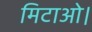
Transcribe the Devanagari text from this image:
मिटाओ।